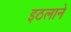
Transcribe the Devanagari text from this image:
इठलाने